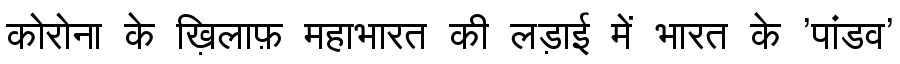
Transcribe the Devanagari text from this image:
कोरोना के ख़िलाफ़ महाभारत की लड़ाई में भारत के 'पांडव'